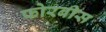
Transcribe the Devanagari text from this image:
फोरबीस